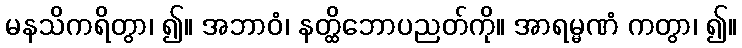
မနသိကရိတွာ၊ ၍။ အဘာဝံ၊ နတ္ထိဘောပညတ်ကို။ အာရမ္မဏံ ကတွာ၊ ၍။